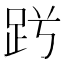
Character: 𧿪